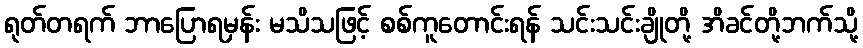
ရုတ်တရက် ဘာပြောရမှန်း မသိသဖြင့် စစ်ကူတောင်းရန် သင်းသင်းချိုတို့ အိခင်တို့ဘက်သို့